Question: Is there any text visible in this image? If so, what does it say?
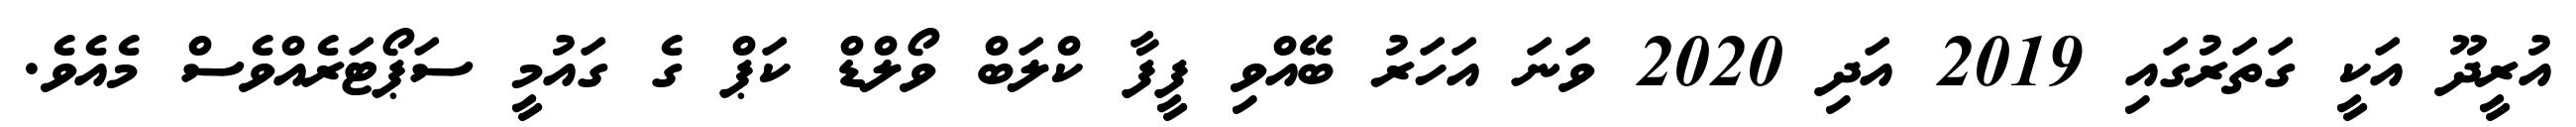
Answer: އުރީދޫ އަކީ ގަތަރުގައި 2019 އަދި 2020 ވަނަ އަހަރު ބޭއްވި ފީފާ ކްލަބް ވޯލްޑް ކަޕް ގެ ގައުމީ ސަޕޯޓަރެއްވެސް މެއެވެ.